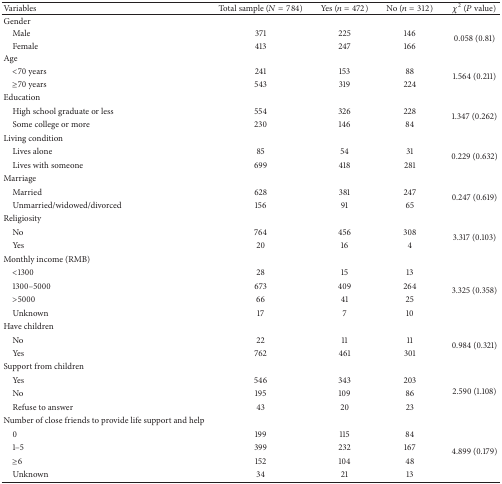
| Variables | Total sample (N = 784) | Yes (n = 472) | No (n = 312) | χ2 (P value) |
 | --- | --- | --- | --- | --- |
 | Gender |  |  |  |  |
 | Male | 371 | 225 | 146 | <ROWSPAN=2> 0.058 (0.81) |
 | Female | 413 | 247 | 166 |
 | Age |  |  |  |  |
 | <70 years | 241 | 153 | 88 | <ROWSPAN=2> 1.564 (0.211) |
 | ≥70 years | 543 | 319 | 224 |
 | Education |  |  |  |  |
 | High school graduate or less | 554 | 326 | 228 | <ROWSPAN=2> 1.347 (0.262) |
 | Some college or more | 230 | 146 | 84 |
 | Living condition |  |  |  |  |
 | Lives alone | 85 | 54 | 31 | <ROWSPAN=2> 0.229 (0.632) |
 | Lives with someone | 699 | 418 | 281 |
 | Marriage |  |  |  |  |
 | Married | 628 | 381 | 247 | <ROWSPAN=2> 0.247 (0.619) |
 | Unmarried/widowed/divorced | 156 | 91 | 65 |
 | Religiosity |  |  |  |  |
 | No | 764 | 456 | 308 | <ROWSPAN=2> 3.317 (0.103) |
 | Yes | 20 | 16 | 4 |
 | Monthly income (RMB) |  |  |  |  |
 | <1300 | 28 | 15 | 13 | <ROWSPAN=4> 3.325 (0.358) |
 | 1300–5000 | 673 | 409 | 264 |
 | >5000 | 66 | 41 | 25 |
 | Unknown | 17 | 7 | 10 |
 | Have children |  |  |  |  |
 | No | 22 | 11 | 11 | <ROWSPAN=2> 0.984 (0.321) |
 | Yes | 762 | 461 | 301 |
 | Support from children |  |  |  |  |
 | Yes | 546 | 343 | 203 | <ROWSPAN=3> 2.590 (1.108) |
 | No | 195 | 109 | 86 |
 | Refuse to answer | 43 | 20 | 23 |
 | Number of close friends to provide life support and help |  |  |  |  |
 | 0 | 199 | 115 | 84 | <ROWSPAN=4> 4.899 (0.179) |
 | 1–5 | 399 | 232 | 167 |
 | ≥6 | 152 | 104 | 48 |
 | Unknown | 34 | 21 | 13 |